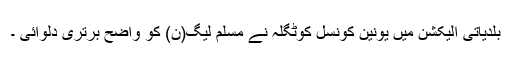
بلدیاتی الیکشن میں یونین کونسل کوٹگلہ نے مسلم لیگ(ن) کو واضح برتری دلوائی ۔